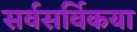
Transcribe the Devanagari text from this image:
सर्वसर्विकया